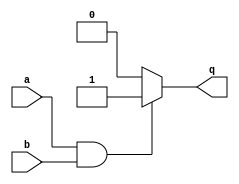
//This is a combinational circuit. Read the simulation waveforms to determine what the circuit does, then implement it.

module top_module (
    input a,
    input b,
    output q );//

    assign q = (a & b) ? 1 : 0; // Fix me

endmodule